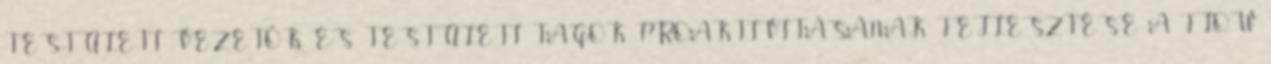
TESTÜLETI VEZETŐK ÉS TESTÜLETI TAGOK PROAKTIVITÁSÁNAK FEJLESZTÉSE A FLOW